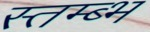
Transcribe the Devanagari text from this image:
स्तम्ब्भ